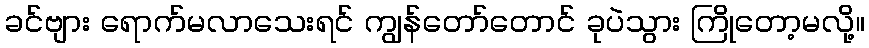
ခင်ဗျား ရောက်မလာသေးရင် ကျွန်တော်တောင် ခုပဲသွား ကြိုတော့မလို့။